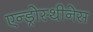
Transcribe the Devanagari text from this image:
एन्ड्रोस्थीनेस